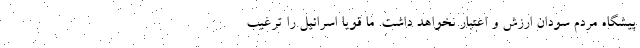
پیشگاه مردم سودان ارزش و اعتبار نخواهد داشت. ما قویا اسرائیل را ترغیب